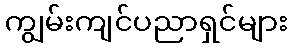
ကျွမ်းကျင်ပညာရှင်များ